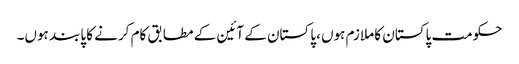
حکومت پاکستان کا ملازم ہوں، پاکستان کے آئین کے مطابق کام کرنے کا پابند ہوں۔